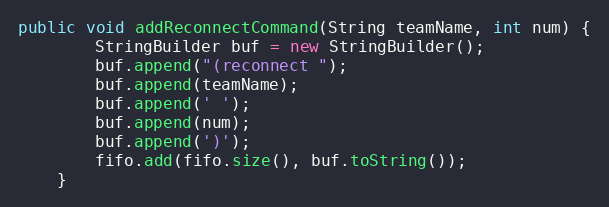
Language: Java
public void addReconnectCommand(String teamName, int num) {
        StringBuilder buf = new StringBuilder();
        buf.append("(reconnect ");
        buf.append(teamName);
        buf.append(' ');
        buf.append(num);
        buf.append(')');
        fifo.add(fifo.size(), buf.toString());
    }